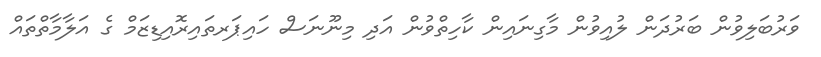
ވަރުބަލިވުން ބަރުދަން ލުއިވުން މާގިނައިން ކާހިތްވުން އަދި މިނޫނަސް ހައިޕަރތައިރޮއިޑިޒަމް ގެ އަލާމާތްތައް